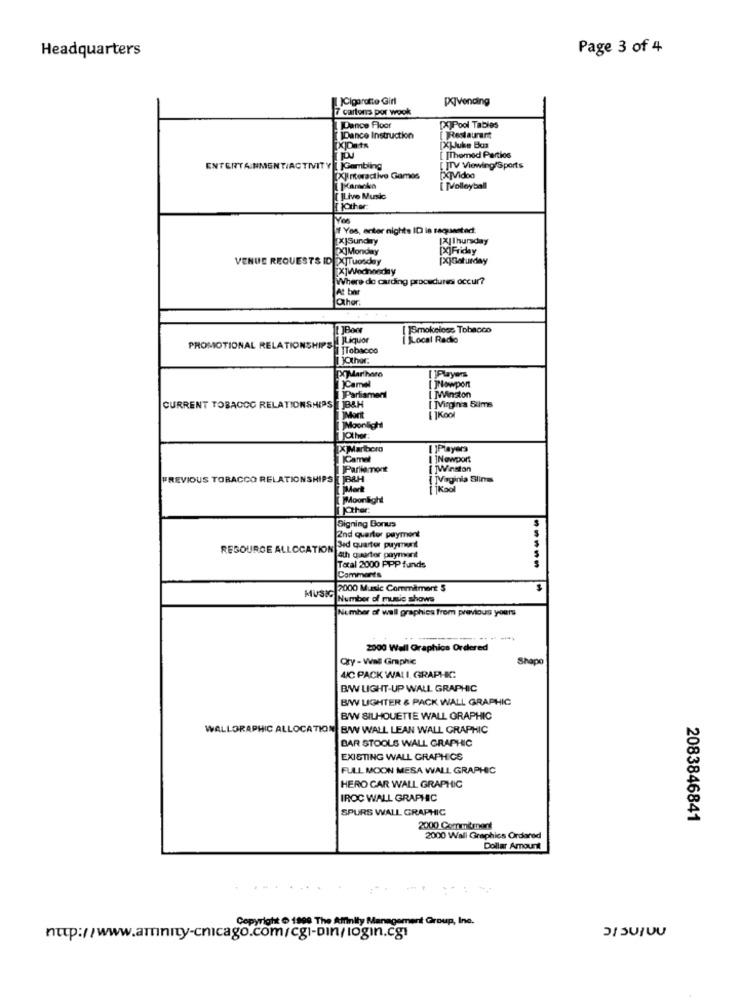
Headquarters
Page 3 of 4
)Cigaratto Girl
P/Vending
7 cartons por wook
Dance Floor
[X]Pool Tables
TIDance Instruction
[ Restaurant
[X]Juke Box
[ [Themed Partios
ENTERTAINMENT/ACTIVITY I Gambling
[ ]TV Viewing/Sports
[X]interactive Games
[ [volleyball
]Live Music
TjOther:
If Yes, enter nights ID is requested.
[X]Sunday
[X] Thursday
IMonday
[X]Friday
VENUE REQUESTS ID XJTuesday
[X]Saturday
[X]Wednesday
Where do carding procedures occur?
At ber
Other.
[ ]Boer
! Smokeless Tobacco
Liquor
Local Radio
PROMOTIONAL RELATIONSHIPS
1 Xother.
)Camel
[ ]Players
[ ]Nowport
Parliament
I MWinston
[ MVirgin's 5ums
CURRENT TOBACCO RELATIONSHIPS JB&H
Moonlight
jother
[X ]Marlboro
[ ]Players
[ ]Newport
Parliamone
[ ]Winston
PREVIOUS TORACCO RELATIONSHIPS
BAH
{ JVirginia Slin
ikool
[ ]Other
Signing Bonus
2nd quarter payment
RESOURCE ALLOCATION
3ed quarter puyrunt
4th quarter payment
Total 2000 PPP funds
-----
Comments
2000 Music Commitment $
$
MUSIC
Number of music shows
Number of wall graphics from previous yours
2000 Wall Graphics Ordered
Qty - Wall Graphic
Shapo
4/C PACK WALI GRAPHIC
BW LIGHT-UP WALL GRAPHIC
B/W LIGHTER & PACK WALL GRAPHIC
BW SILHOUETTE WALL GRAPHIC
WALLORAPHIC ALLOCATION BW WALL LEAN WALL GRAPHIC
BAR STOOLS WALL GRAPHIC
EXISTING WALL GRAPHICS
FULL MOON MESA WALL GRAPHIC
HERO CAR WALL GRAPHIC
IROC WALL GRAPHIC
SPURS WALL GRAPHIC
2083846841
2000 Commitment
2000 Wall Graphics Ordered
Dollar Amount
Copyright @ 1990 The Affinity Management Group, Inc.
http://www.aminity-chicago.com/cgi-bin/login.cgi